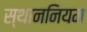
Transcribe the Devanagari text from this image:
स्थाननियम